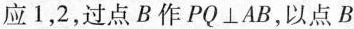
应1，2，过点B作PQ \bot AB，以点B